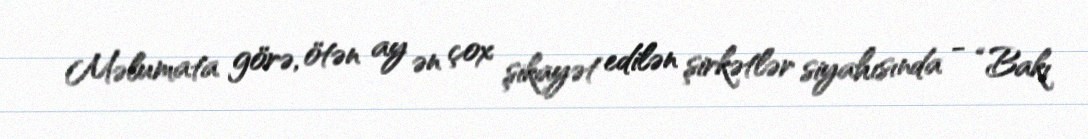
Məlumata görə, ötən ay ən çox şikayət edilən şirkətlər siyahısında - “Bakı